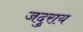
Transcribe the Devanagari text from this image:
जदुराय